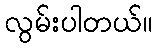
လွမ်းပါတယ်။